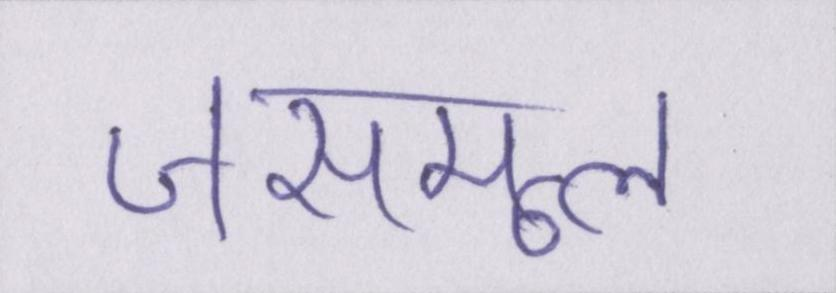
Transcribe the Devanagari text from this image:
जसमूल